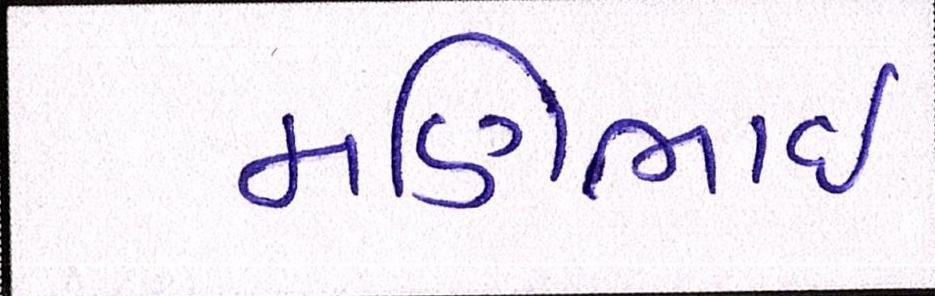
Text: મણિભાઇ